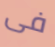
فى